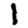
Digit: 1